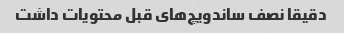
دقیقا نصف ساندویچ‌های قبل محتویات داشت